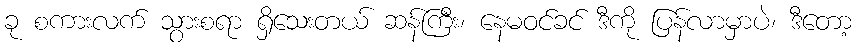
ခု စကားလက် သွားစရာ ရှိသေးတယ် ဆန်ကြီး၊ နေမဝင်ခင် ဒီကို ပြန်လာမှာပဲ၊ ဒီတော့